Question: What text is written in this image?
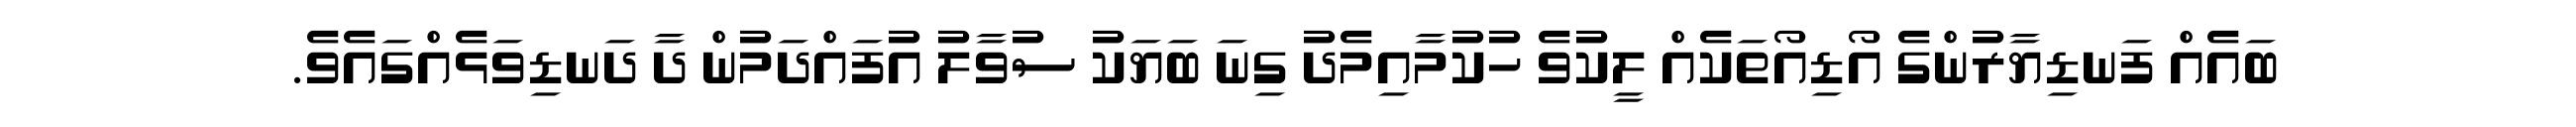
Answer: ބައެއް ފަނޑިޔާރުންގެ އޯޑިއޯތަކެއް ލީކުވެ ހުކުމާއިމެދު ގިނަ ބަޔަކު ސުވާލު އުފައްދަމުން ދާ ދަނޑިވަޅެއްގައެވެ.